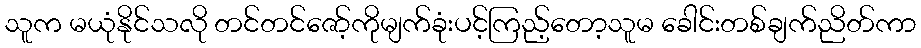
သူက မယုံနိုင်သလို တင်တင်ဇော့်ကိုမျက်ခုံးပင့်ကြည့်တော့သူမ ခေါင်းတစ်ချက်ညိတ်ကာ